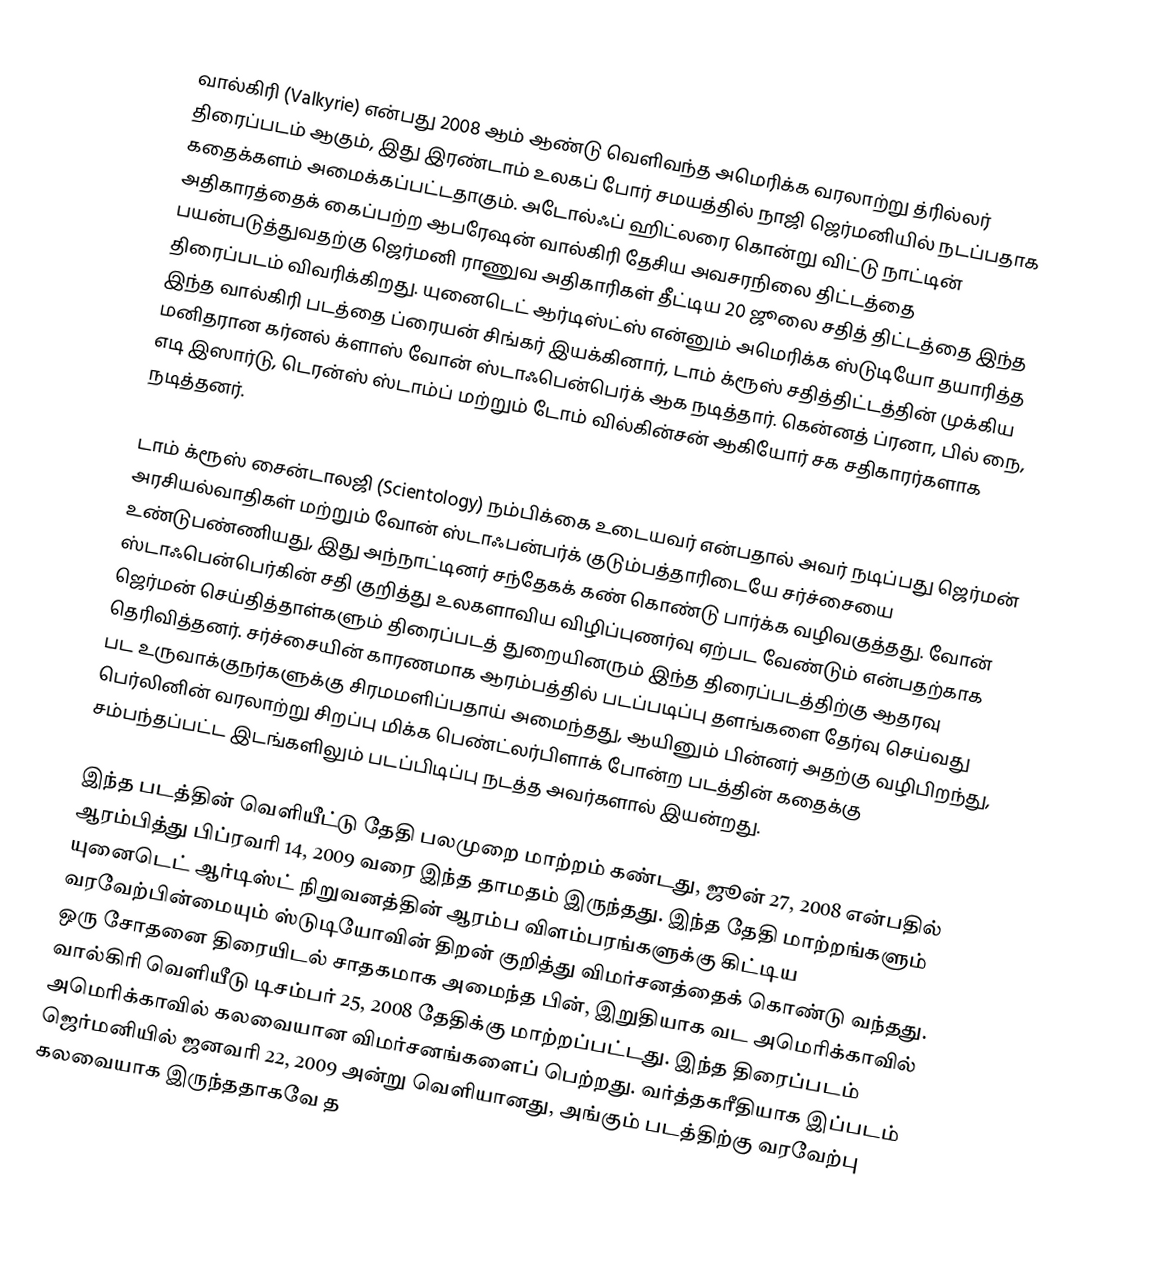
வால்கிரி  (Valkyrie) என்பது 2008 ஆம் ஆண்டு வெளிவந்த அமெரிக்க வரலாற்று த்ரில்லர் திரைப்படம் ஆகும், இது இரண்டாம் உலகப் போர் சமயத்தில் நாஜி ஜெர்மனியில் நடப்பதாக கதைக்களம் அமைக்கப்பட்டதாகும். அடோல்ஃப் ஹிட்லரை கொன்று விட்டு நாட்டின் அதிகாரத்தைக் கைப்பற்ற ஆபரேஷன் வால்கிரி தேசிய அவசரநிலை திட்டத்தை பயன்படுத்துவதற்கு ஜெர்மனி ராணுவ அதிகாரிகள் தீட்டிய 20 ஜூலை சதித் திட்டத்தை இந்த திரைப்படம் விவரிக்கிறது. யுனைடெட் ஆர்டிஸ்ட்ஸ் என்னும் அமெரிக்க ஸ்டுடியோ தயாரித்த இந்த வால்கிரி படத்தை ப்ரையன் சிங்கர் இயக்கினார், டாம் க்ரூஸ் சதித்திட்டத்தின் முக்கிய மனிதரான கர்னல் க்ளாஸ் வோன் ஸ்டாஃபென்பெர்க் ஆக நடித்தார். கென்னத் ப்ரனா, பில் நை, எடி இஸார்டு, டெரன்ஸ் ஸ்டாம்ப் மற்றும் டோம் வில்கின்சன் ஆகியோர் சக சதிகாரர்களாக நடித்தனர்.

டாம் க்ரூஸ் சைன்டாலஜி (Scientology) நம்பிக்கை உடையவர் என்பதால் அவர் நடிப்பது ஜெர்மன் அரசியல்வாதிகள் மற்றும் வோன் ஸ்டாஃபன்பர்க் குடும்பத்தாரிடையே சர்ச்சையை உண்டுபண்ணியது, இது அந்நாட்டினர் சந்தேகக் கண் கொண்டு பார்க்க வழிவகுத்தது. வோன் ஸ்டாஃபென்பெர்கின் சதி குறித்து உலகளாவிய விழிப்புணர்வு ஏற்பட வேண்டும் என்பதற்காக ஜெர்மன் செய்தித்தாள்களும் திரைப்படத் துறையினரும் இந்த திரைப்படத்திற்கு ஆதரவு தெரிவித்தனர். சர்ச்சையின் காரணமாக ஆரம்பத்தில் படப்படிப்பு தளங்களை தேர்வு செய்வது பட உருவாக்குநர்களுக்கு சிரமமளிப்பதாய் அமைந்தது, ஆயினும் பின்னர் அதற்கு வழிபிறந்து, பெர்லினின் வரலாற்று சிறப்பு மிக்க பெண்ட்லர்பிளாக் போன்ற படத்தின் கதைக்கு சம்பந்தப்பட்ட இடங்களிலும் படப்பிடிப்பு நடத்த அவர்களால் இயன்றது.

இந்த படத்தின் வெளியீட்டு தேதி பலமுறை மாற்றம் கண்டது, ஜூன் 27, 2008 என்பதில் ஆரம்பித்து பிப்ரவரி 14, 2009 வரை இந்த தாமதம் இருந்தது. இந்த தேதி மாற்றங்களும் யுனைடெட் ஆர்டிஸ்ட் நிறுவனத்தின் ஆரம்ப விளம்பரங்களுக்கு கிட்டிய வரவேற்பின்மையும் ஸ்டுடியோவின் திறன் குறித்து விமர்சனத்தைக் கொண்டு வந்தது. ஒரு சோதனை திரையிடல் சாதகமாக அமைந்த பின், இறுதியாக வட அமெரிக்காவில் வால்கிரி  வெளியீடு டிசம்பர் 25, 2008 தேதிக்கு மாற்றப்பட்டது. இந்த திரைப்படம் அமெரிக்காவில் கலவையான விமர்சனங்களைப் பெற்றது. வர்த்தகரீதியாக இப்படம் ஜெர்மனியில் ஜனவரி 22, 2009 அன்று வெளியானது, அங்கும் படத்திற்கு வரவேற்பு கலவையாக இருந்ததாகவே த